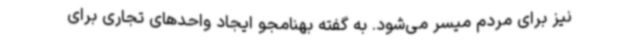
نیز برای مردم میسر می‌شود. به گفته بهنامجو ایجاد واحدهای تجاری برای